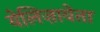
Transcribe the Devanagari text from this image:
येलिज़ावेता